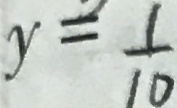
y = \frac { 1 } { 1 0 }